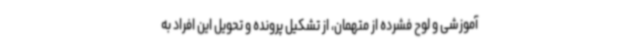
آموزشی و لوح فشرده از متهمان، از تشکیل پرونده و تحویل این افراد به